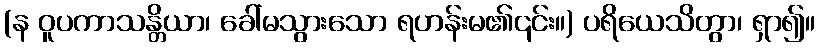
(န ဝူပကာသန္တိယာ၊ ခေါ်မသွားသော ရဟန်းမ၏၎င်း။) ပရိယေသိတွာ၊ ရှာ၍။